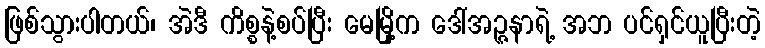
ဖြစ်သွားပါတယ်၊ အဲဒီ ကိစ္စနဲ့စပ်ပြီး မေမြို့က ဒေါ်အဉ္ဇနာရဲ့ အဘ ပင်ရှင်ယူပြီးတဲ့